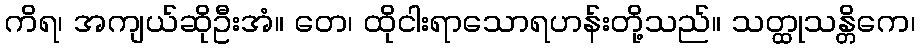
ကိရ၊ အကျယ်ဆိုဦးအံ။ တေ၊ ထိုငါးရာသောရဟန်းတို့သည်။ သတ္ထုသန္တိကေ၊